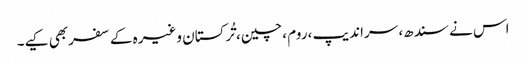
اس نے سندھ، سراندیپ ،روم ،چین، تُرکستان وغیرہ کے سفربھی کیے۔